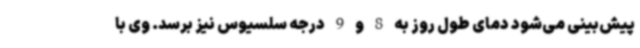
پیش‌بینی می‌شود دمای طول روز به 8 و 9 درجه سلسیوس نیز برسد. وی با